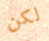
لكن